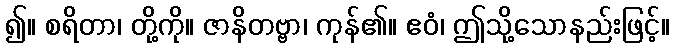
၍။ စရိတာ၊ တို့ကို။ ဇာနိတဗ္ဗာ၊ ကုန်၏။ ဧဝံ၊ ဤသို့သောနည်းဖြင့်။